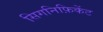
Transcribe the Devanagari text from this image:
सिगनिफ़िकेंट